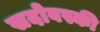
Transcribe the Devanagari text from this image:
सदोवस्की